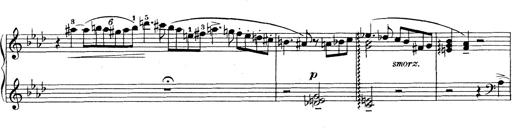
Title: Variationen Ã¼ber das Motiv von Bach
Composer: Franz Liszt